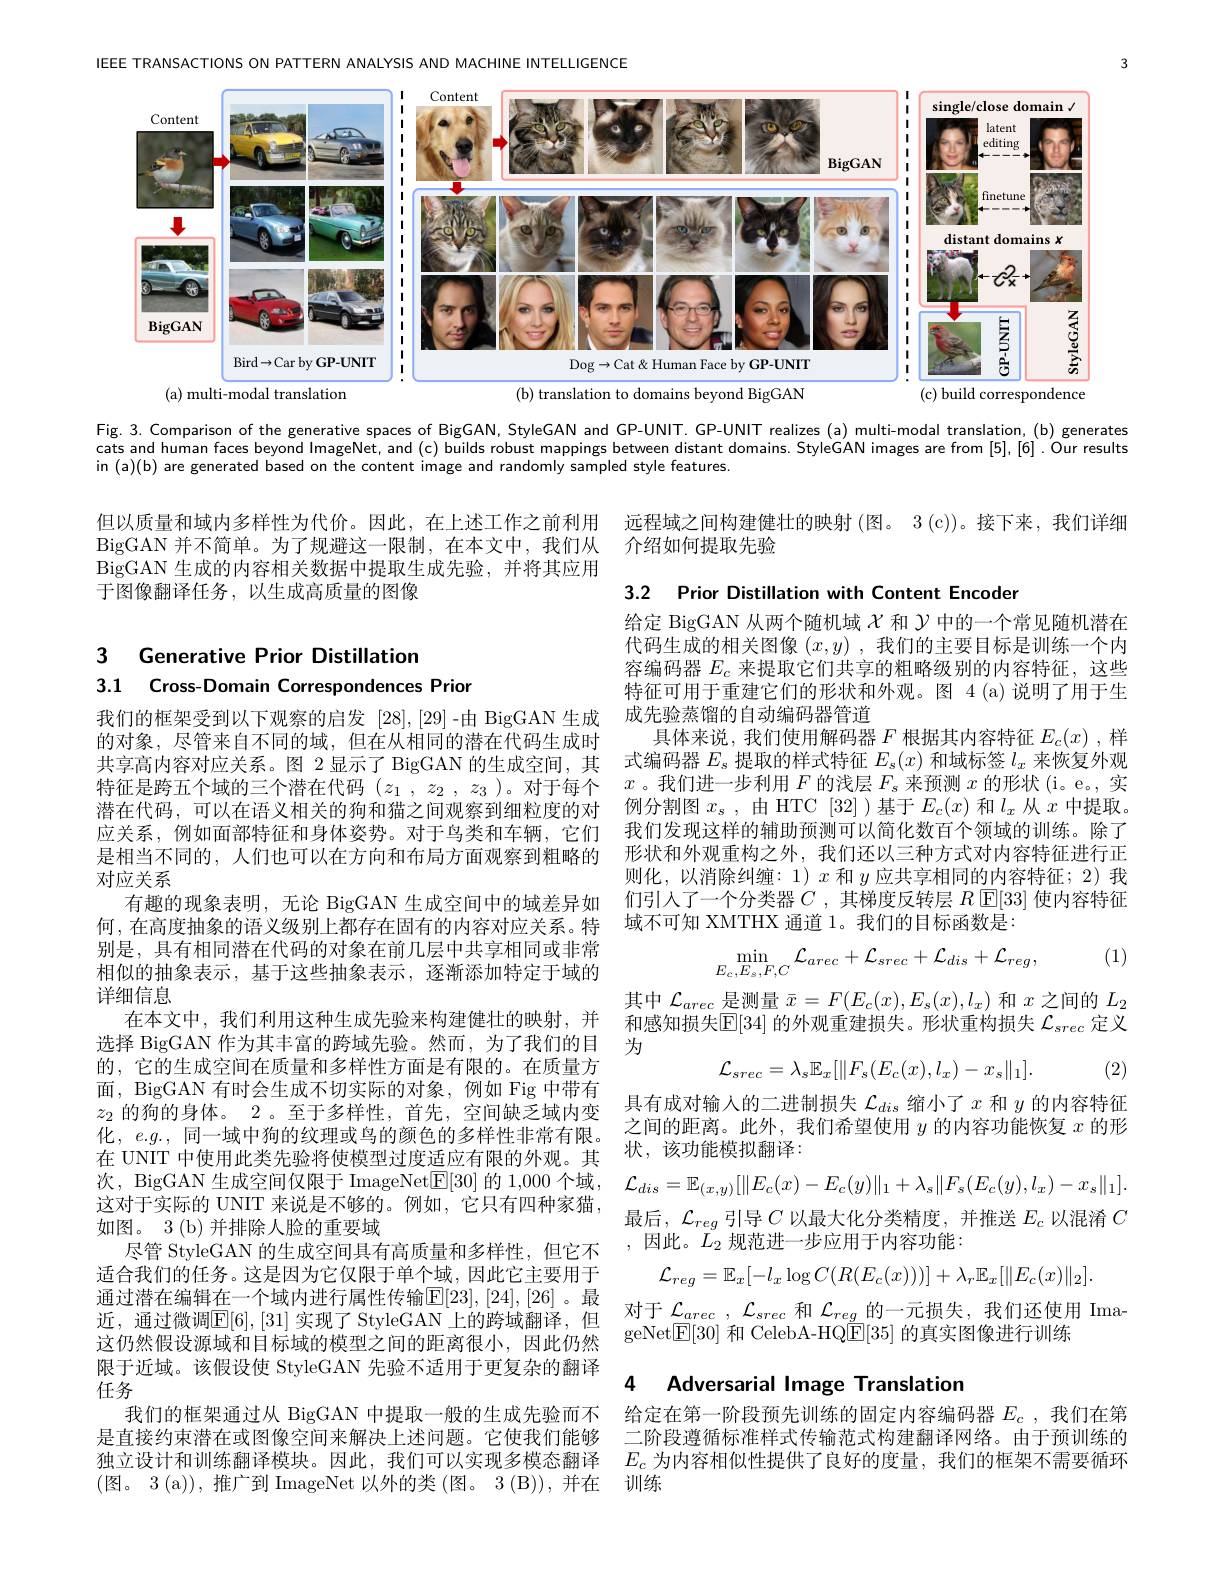
IEEE TRANSACTIONS ON PATTERN ANALYSIS AND MACHINE INTELLIGENCE

<FigureHere>

Fig. 3. Comparison of the generative spaces of BigGAN, StyleGAN and GP-UNIT. GP-UNIT realizes (a) multi-modal translation, (b) generates cats and human faces beyond ImageNet, and (c) builds robust mappings between distant domains. StyleGAN images are from [5],[6].Our results in (a)(b) are generated based on the content image and randomly sampled style features.

远程域之间构建健壮的映射 (图。3 (c))。接下来，我们详细
介绍如何提取先验

但以质量和域内多样性为代价。因此，在上述工作之前利用BigGAN 并不简单。为了规避这一限制，在本文中，我们从BigGAN 生成的内容相关数据中提取生成先验，并将其应用于图像翻译任务，以生成高质量的图像

3.2 Prior Distillation with Content Encoder

## 3 Generative Prior Distillation 3.1 Cross-Domain Correspondences Prion

给定 BigGAN 从两个随机域$\chi$和$\gamma$中的一个常见随机潜在代码生成的相关图像$(x,y)$ ,我们的主要目标是训练一个内容编码器$E_c$来提取它们共享的粗略级别的内容特征，这些特征可用于重建它们的形状和外观。图 4(a)说明了用于生成先验蒸馏的自动编码器管道
具体来说，我们使用解码器$F$根据其内容特征$E_c(x)$ ,样式编码器$E_\mathrm{s}$提取的样式特征$E_\mathrm{s}(x)$和域标签$l_x$来恢复外观$x$。我们进一步利用$F$ 的 浅 层 $F_s$来预测$x$的形状 (i。e。,实例分割图$x_s$ ,由 HTC [32] )基于$E_c(x)$和$l_x$从$x$中提取。我们发现这样的辅助预测可以简化数百个领域的训练。除了形状和外观重构之外，我们还以三种方式对内容特征进行正则化，以消除纠缠：1)$x$和$y$应共享相同的内容特征；2)我
有趣的现象表明，无论 BigGAN 生成空间中的域差异如 们引入了一个分类器$C$ ,其梯度反转层 $R[\mathbb{E}[33]$ 使内容特征
何，在高度抽象的语义级别上都存在固有的内容对应关系。特 域不可知 XMTHX 通道 1。我们的目标函数是：

(1)
$$\min_{E_{c},E_{s},F,C}\mathcal{L}_{arec}+\mathcal{L}_{srec}+\mathcal{L}_{dis}+\mathcal{L}_{reg},$$
$x$
$L_{2}$
$\mathcal{L}_{arec}$
$$\text{量 }\bar{x}=F(E_{c}(x),E_{s}(x),l_{x})\:\lambda $$
和感知损失$\mathbb{E}[34]$的外观重建损失。形状重构损失$\mathcal{L}_srec$定义
为
$$\mathcal{L}_{srec}=\lambda_{s}\mathbb{E}_{x}[\|F_{s}(E_{c}(x),l_{x})-x_{s}\|_{1}].$$
(2)

我们的框架受到以下观察的启发 [28],[29]-由 BigGAN 生成的对象，尽管来自不同的域，但在从相同的潜在代码生成时共享高内容对应关系。图 2 显示了 BigGAN 的生成空间，其特征是跨五个域的三个潜在代码$( z_1$ , $z_2$ , $z_3$ )。对于每个潜在代码，可以在语义相关的狗和猫之间观察到细粒度的对应关系，例如面部特征和身体姿势。对于鸟类和车辆，它们是相当不同的，人们也可以在方向和布局方面观察到粗略的对应关系
别是，具有相同潜在代码的对象在前几层中共享相同或非常相似的抽象表示，基于这些抽象表示，逐渐添加特定于域的详细信息
在本文中，我们利用这种生成先验来构建健壮的映射，并选择 BigGAN 作为其丰富的跨域先验。然而，为了我们的目的，它的生成空间在质量和多样性方面是有限的。在质量方面，BigGAN 有时会生成不切实际的对象，例如 Fig 中带有$z_2$的狗的身体。2 。至于多样性，首先，空间缺乏域内变化，$e. g. $, 同一域中狗的纹理或鸟的颜色的多样性非常有限。在 UNIT 中使用此类先验将使模型过度适应有限的外观。其次，BigGAN 生成空间仅限于 ImageNet$\boxed{\mathrm{F}}[30]$的 1,000 个域， 这对于实际的 UNIT 来说是不够的。例如，它只有四种家猫， 如图。3 (b) 并排除人脸的重要域
尽管 StyleGAN 的生成空间具有高质量和多样性，但它不适合我们的任务。这是因为它仅限于单个域，因此它主要用于通过潜在编辑在一个域内进行属性传输$\mathbb{E}[23],[24],[26]$ 。最近 , 通 过 微 调 $\mathbb{E} [ 6] , [ 31]$ 实 现 了 StyleGAN 上 的 跨 域 翻 译 , 但 对 于 $\mathcal{L} _{arec}, \mathcal{L} _{srec}$ 和 $\mathcal{L} _{reg}$ 的 一 元 损 失 , 我 们 还 使 用 这 仍 然 假 设 源 域 和 目 标 域 的 模 型 之 间 的 距 离 很 小 , 因 此 仍 然 geNetE[ 30] 和 CelebA- HQE[ 35] 的 真 实 图 像 进 行 训 练 这 仍 然 假 设 源 域 和 目 标 域 的 模 型 之 间 的 距 离 很 小 , 因 此 仍 然
限于近域。该假设使 StyleGAN 先验不适用于更复杂的翻译
任务
我们的框架通过从 BigGAN 中提取一般的生成先验而不是直接约束潜在或图像空间来解决上述问题。它使我们能够独立设计和训练翻译模块。因此，我们可以实现多模态翻译$E_c$为内容相似性提供了良好的度量，我们的框架不需要循环
(图。3(a)),推广到 ImageNet 以外的类(图。3(B)),并在 训练

具有成对输人的二进制损失$\mathcal{L}_{dis}$缩小了$x$和$y$的内容特征之间的距离。此外，我们希望使用$y$的内容功能恢复$x$的形状，该功能模拟翻译：
$$\mathcal{L}_{dis}=\mathbb{E}_{(x,y)}[\|E_{c}(x)-E_{c}(y)\|_{1}+\lambda_{s}\|F_{s}(E_{c}(y),l_{x})-x_{s}\|_{1}].$$
最后，$\mathcal{L}_reg$引导$C$以最大化分类精度，并推送$E_c$以混淆$C$
,因此。$L_2$ 规范进一步应用于内容功能
$$\mathcal{L}_{reg}=\mathbb{E}_x[-l_x\log C(R(E_c(x)))]+\lambda_r\mathbb{E}_x[\|E_c(x)\|_2].$$
对于$\mathcal{L} _{arec}$ $, \mathcal{L} _{srec}$和$\mathcal{L}_reg$的一元损失，我们还使用 Ima-

### 4 Adversarial Image Translation

给定在第一阶段预先训练的固定内容编码器$E_c$ ,我们在第二阶段遵循标准样式传输范式构建翻译网络。由于预训练的